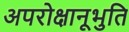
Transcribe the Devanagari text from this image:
अपरोक्षानूभुति